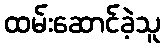
ထမ်းဆောင်ခဲ့သူ